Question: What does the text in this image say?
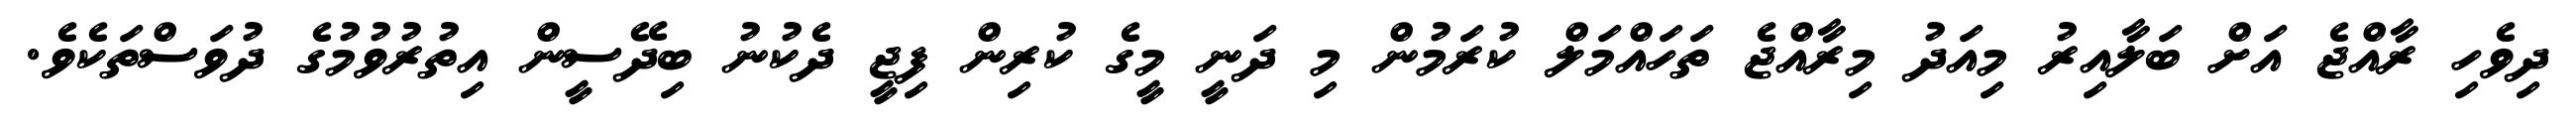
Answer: ދިވެހި ރާއްޖެ އަށް ބަލާއިރު މިއަދު މިރާއްޖެ ތަހައްމަލް ކުރަމުން މި ދަނީ މީގެ ކުރިން ފިޖީ ދެކުނު ބިދޭސީން އިތުރުވުމުގެ ދުވަސްތަކެވެ.